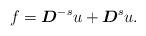
LaTeX: \begin{align*}f=\boldsymbol{D}^{-s}u+\boldsymbol{D}^{s}u.\end{align*}